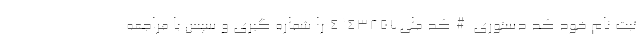
ثبت نام خود کد دستوری #کد ملی43857*4 را شماره گیری و سپس با مراجعه